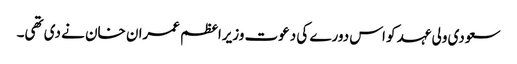
سعودی ولی عہد کو اس دورے کی دعوت وزیراعظم عمران خان نے دی تھی۔